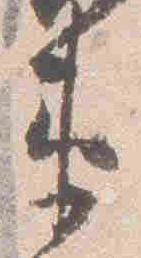
衛